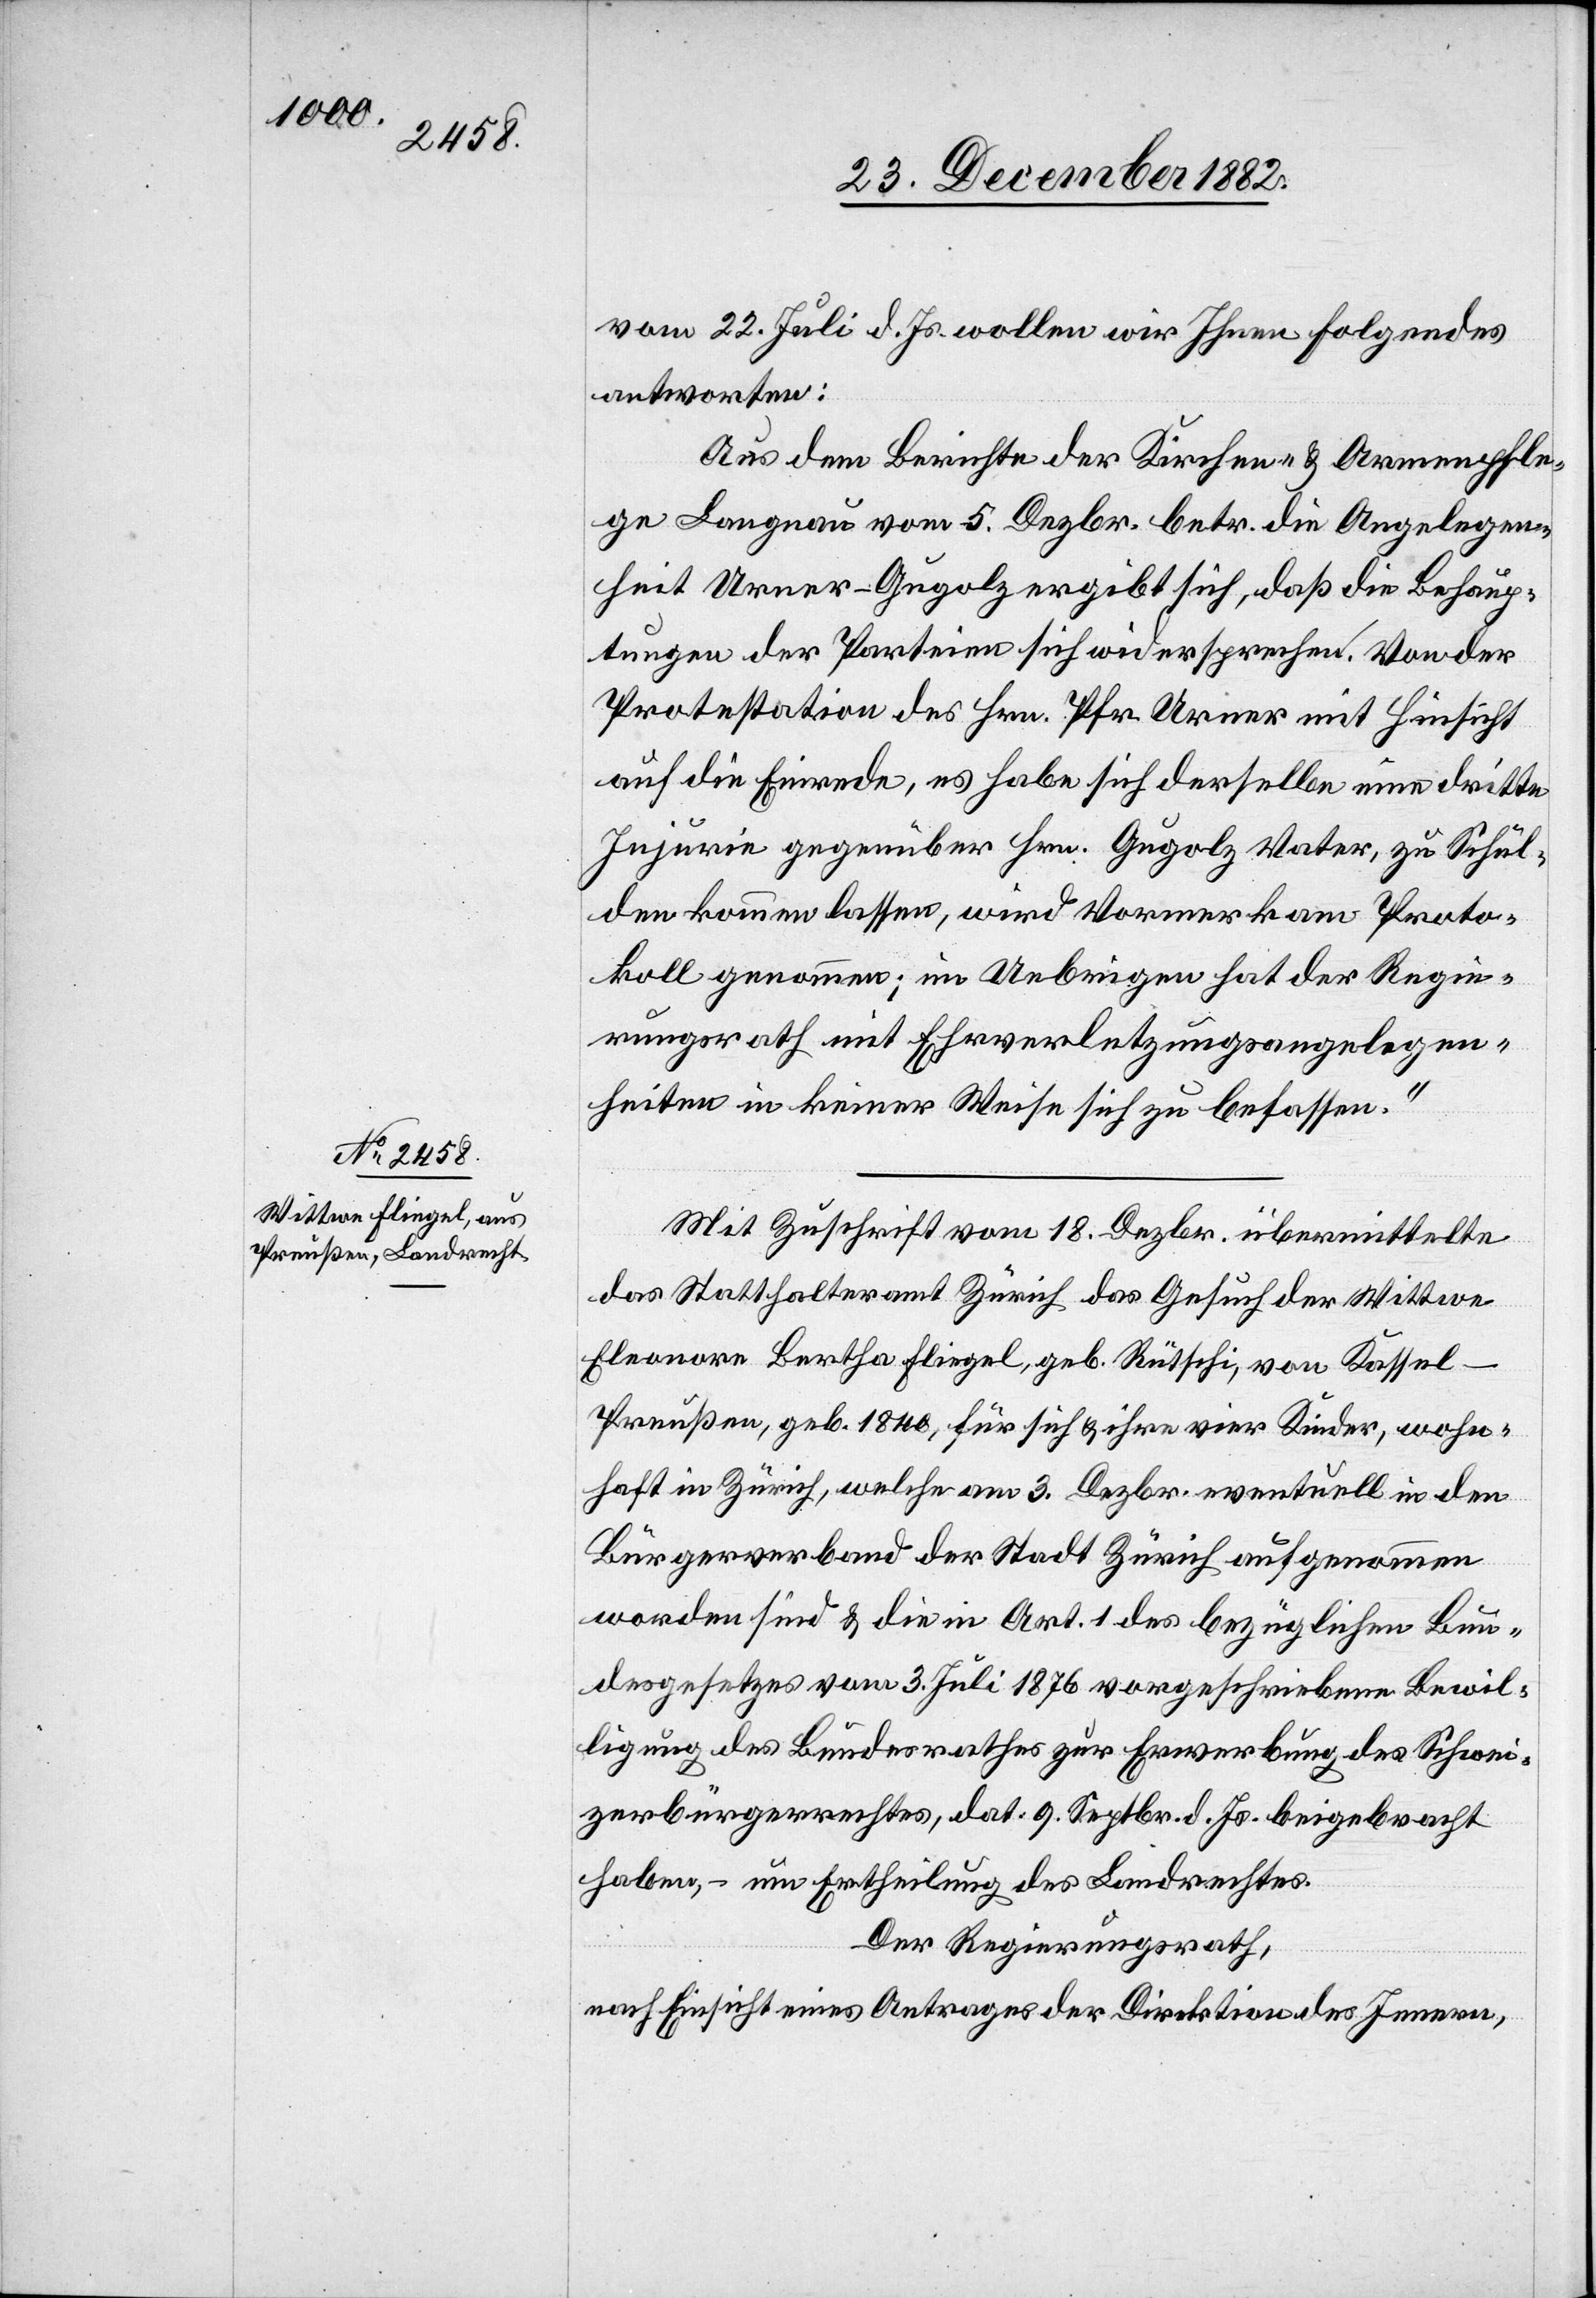
vom 22. Juli d. Js. wollen wir Ihnen Folgendes
antworten:
Aus dem Berichte der Kirchen- & Armenpfle¬
ge Langnau vom 5. Dezbr. betr. die Angelegen¬
heit Urner-Gugolz ergibt sich, daß die Behaup¬
tungen der Parteien sich widersprechen. Von der
Protestation des Hrn. Pfr. Urner mit Hinsicht
auf die Einrede, es habe sich derselbe eine dritte
Injurie gegenüber Hrn. Gugolz Vater, zu Schul¬
den kommen lassen, wird Vormerk am Proto¬
koll genommen; im Uebrigen hat der Regie¬
rungsrath mit Ehrverletzungsangelegen¬
heiten in keiner Weise sich zu befassen.“
Mit Zuschrift vom 18. Dezbr. übermittelte
das Statthalteramt Zürich das Gesuch der Wittwe
Eleonore Bertha Fliegel, geb. Rütschi, von Kassel
-
Preußen, geb. 1840, für sich & ihre vier Kinder, wohn¬
haft in Zürich, welche am 3. Dezbr. eventuell in den
Bürgerverband der Stadt Zürich aufgenommen
worden sind & die in Art. 1 des bezüglichen Bun¬
desgesetzes vom 3. Juli 1876 vorgeschriebenen Bewil¬
ligung des Bundesrathes zur Erwerbung des Schwei¬
zerbürgerrechtes, dat. 9. Septbr. d. Js. beigebracht
haben, – um Ertheilung des Landrechtes.
Der Regierungsrath,
nach Einsicht eines Antrages der Direktion des Innern,